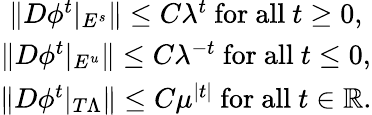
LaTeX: \begin{array}{c}{\| D\phi^{t}|_{E^{s}}\| \leq C\lambda^{t}\mathrm{~for~all~}t\geq 0,}\\ {\| D\phi^{t}|_{E^{u}}\| \leq C\lambda^{-t}\mathrm{~for~all~}t\leq 0,}\\ {\| D\phi^{t}|_{T\Lambda}\| \leq C\mu^{|t|}\mathrm{~for~all~}t\in\mathbb{R}.}\end{array}